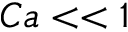
C a < < 1